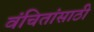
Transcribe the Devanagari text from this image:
वंचितांसाठी